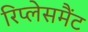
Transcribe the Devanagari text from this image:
रिप्लेसमैंट